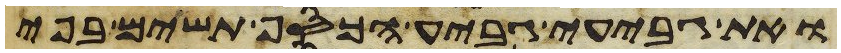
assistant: ואת גביע גביע הכסף תשים בפי